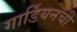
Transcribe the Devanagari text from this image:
गार्डियनची